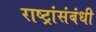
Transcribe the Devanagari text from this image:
राष्ट्रांसंबंधी